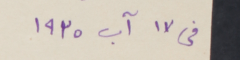
في ١٧ آب ١٩٣٥